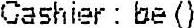
CASHIER : BE ()